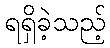
ရရှိခဲ့သည့်